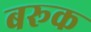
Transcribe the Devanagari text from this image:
बरूक